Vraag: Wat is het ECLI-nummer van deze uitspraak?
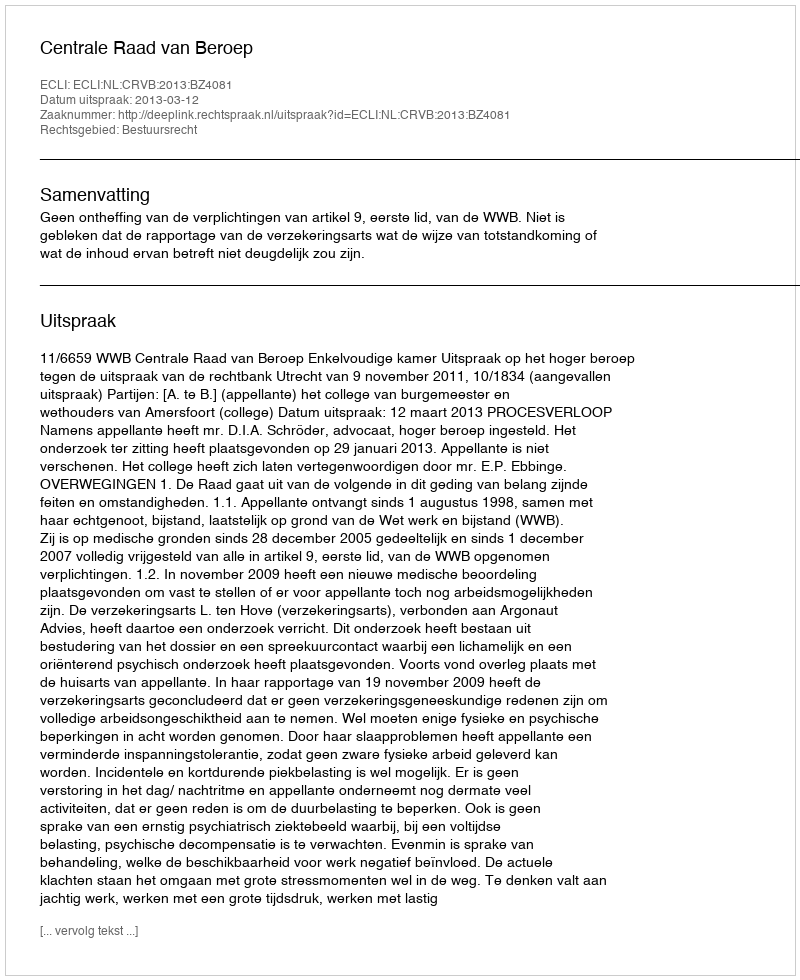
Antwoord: ECLI:NL:CRVB:2013:BZ4081